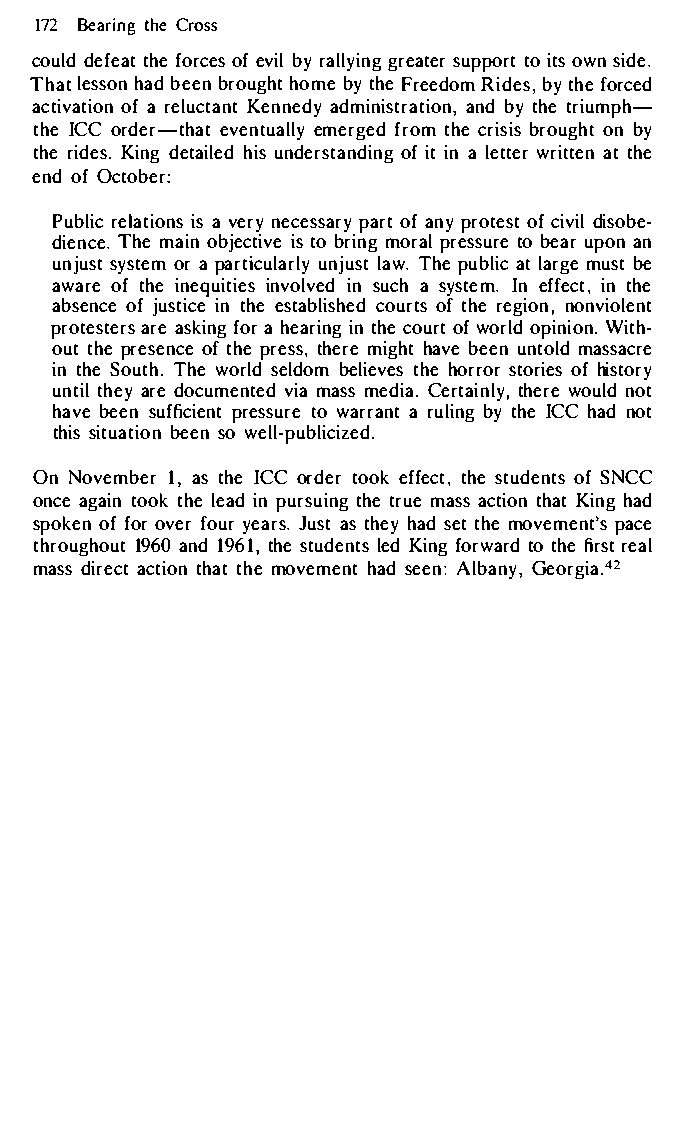
172B eartihnCegr oss
 coudledf tehaet foofer vcbieylrs a llgyrienagt ert ois tusp spdoioewr.nt
 Thalte shsaobdne ebnr ouhgohmtbe yt hFer eeRdiomd est,hf eob ryc ed
 activoafat r ieolnu Kcetnanntae ddmyi nisatnrbday tt hiteor ni,u mph­
 thIeC Co rder-etvheantte umaelrlgye dt hcferr iobsmri osuo gnhb ty
 threi dKeisn.g dheitusan idleerds toafin itdn ail negtw treirta ttte hne
 enodf O ctober:
 Pubrleilca itasiv oenrnsye cespsaaorrfty parnoyt oefs tcd iivsiolb e­
 dienTcheme.a ionb jecitsi bvtreoim nogr parle stsobu eraeur p oann
 unjsuysstto eramp artiucnujlluaasrTwlth.y pe u baltli acr ge must be
 awaorfet hien equiintvioeilsnvs eudca hs yesmtI.n e fcf,tei nt he
 abseonfc ej uisntt hieecs et abcloiusorhftet sdhr eei go,nn onviolent
 protesterfso  arah reea riaintsn hkcgeio nuorgft wooprilndWi iotnh.­
 outth per esoefnt chpeer etshse,r e hmaivgeh utbn etemonal sds acre
 int hSeo uTthhew. o rld seldtohmhe o rbrseltoiorer ovifhee isss tory
 unttihlea yrd eo cumevnimtaae sdms e idaC.e aritntlhyew,ro eu ld not
 havbee esnu fficientto w aprrerasar snuutlr bieynt ghI eC Ch ando t
 thsiist ubaeteisnoow n e ll-publicized.
 OnN ovem1b,aes rt hIeC Co rdteoroe kfe fc,tt hset udoefnS tNCsC
 once   agtahilene aitdnpo uorks tuhitenr gmu aes asc ttihoKanit n hga d
 spokoeffn oo rv efro uyre aJrusas.stt hehyas de tth meo vemepnatc'es
 throu1g9h6o0u 1t69a 1nt,dh s et udleendt sfK oirnwgta otr hdfe i rresatl
 masdsi raeccttti hotanht me o vemheansdte :eA nlba,G neyoar.2g 4i